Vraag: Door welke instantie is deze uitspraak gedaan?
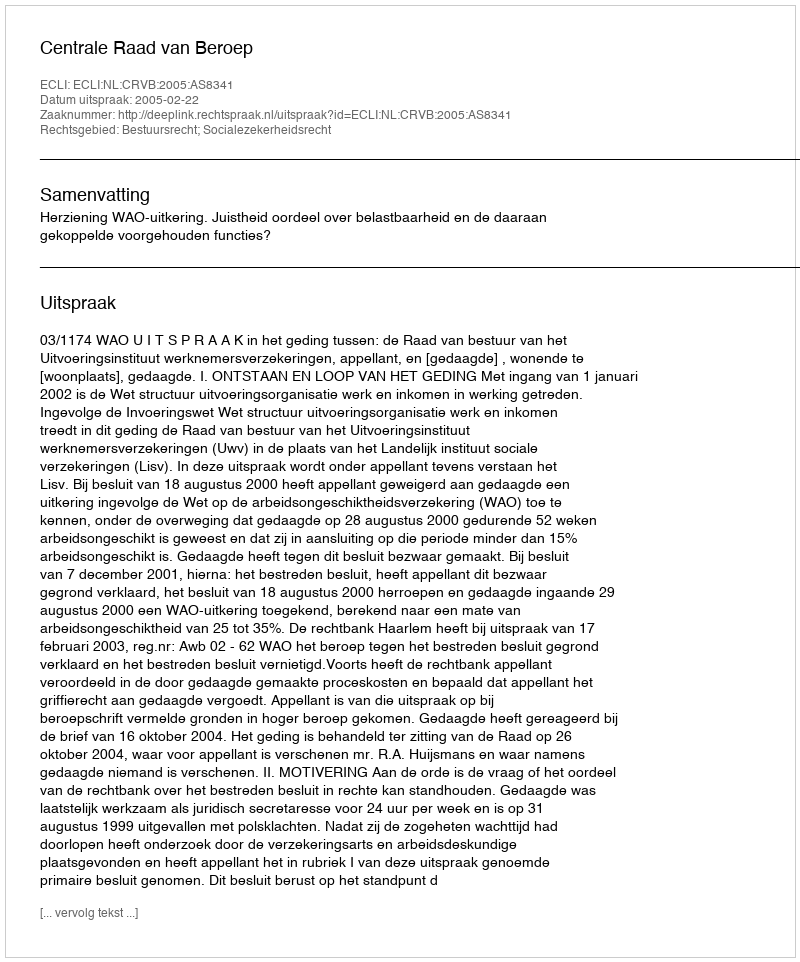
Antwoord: Centrale Raad van Beroep